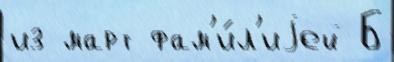
из март фам'и́л'иjей Б